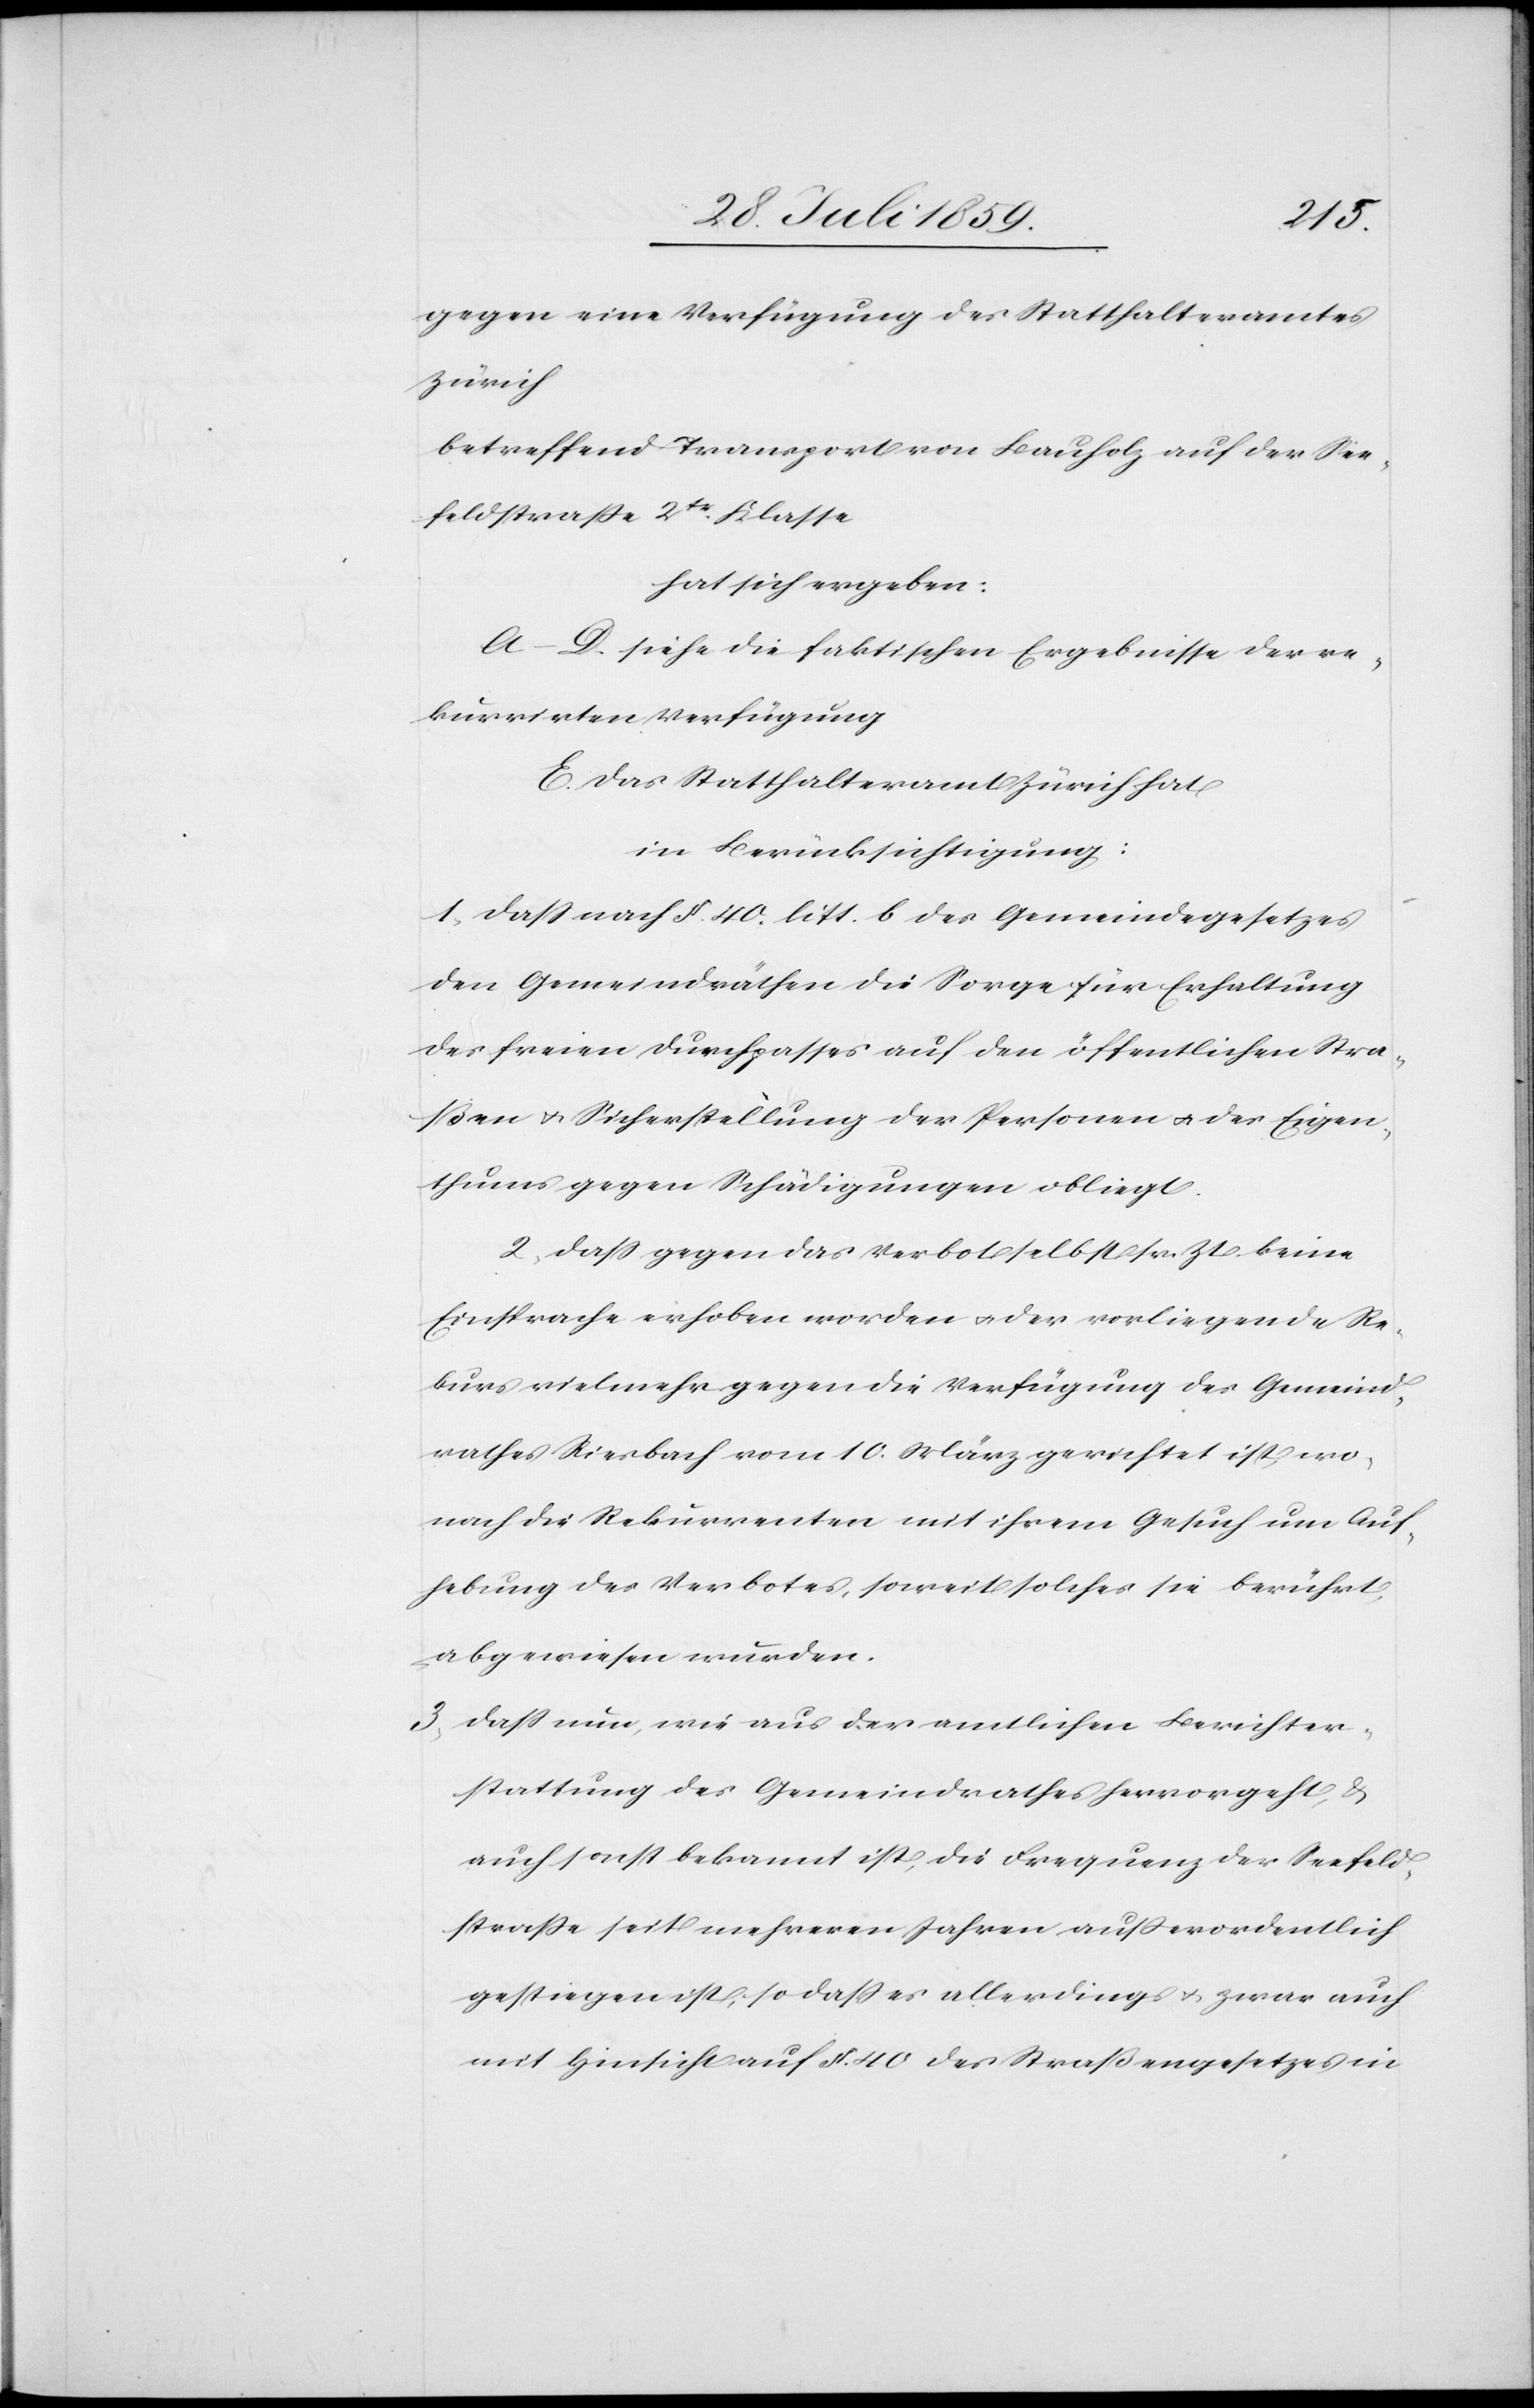
gegen eine Verfügung des Statthalteramtes
Zürich
betreffend Transport von Bauholz auf der See¬
feldstraße 2tr. Klasse
hat sich ergeben:
A–D. siehe die faktischen Ergebnisse der re¬
kurrirten Verfügung
E. Das Statthalteramt Zürich hat
in Berücksichtigung:
1. Daß nach § 40. litt. b des Gemeindegesetzes
den Gemeindräthen die Sorge für Erhaltung
des freien Durchpasses auf den öffentlichen Stra¬
ßen u. Sicherstellung der Personen u. des Eigen¬
thums gegen Schädigungen obliegt.
2. Daß gegen das Verbot selbst sr. Zt. keine
Einsprache erhoben worden u. der vorliegende Re¬
kurs vielmehr gegen die Verfügung des Gemeind¬
rathes Riesbach vom 10. März gerichtet ist, wo¬
nach die Rekurrenten mit ihrem Gesuch um Auf¬
hebung des Verbotes, soweit solches sie berührt,
abgewiesen wurden.
3. Daß nun, wie aus der amtlichen Berichter¬
stattung des Gemeindrathes hervorgeht, u.
auch sonst bekannt ist, die Frequenz der Seefeld¬
straße seit mehreren Jahren außerordentlich
gestiegen ist, so daß es allerdings u. zwar auch
mit Hinsicht auf § 40 des Straßengesetzes in